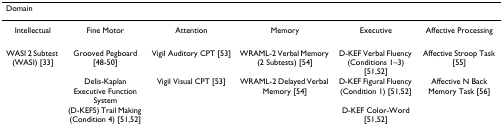
<table><thead><tr><td><b>Domain</b></td><td>[EMPTY_CELL]</td><td>[EMPTY_CELL]</td><td>[EMPTY_CELL]</td><td>[EMPTY_CELL]</td><td>[EMPTY_CELL]</td></tr></thead><tbody><tr><td>Intellectual</td><td>Fine Motor</td><td>Attention</td><td>Memory</td><td>Executive</td><td>Affective Processing</td></tr><tr><td>WASI 2 Subtest (WASI) [33]</td><td>Grooved Pegboard [48-50]</td><td>Vigil Auditory CPT [53]</td><td>WRAML-2 Verbal Memory (2 Subtests) [54]</td><td>D-KEF Verbal Fluency (Conditions 1–3) [51,52]</td><td>Affective Stroop Task [55]</td></tr><tr><td>[EMPTY_CELL]</td><td>Delis-Kaplan Executive Function System</td><td>Vigil Visual CPT [53]</td><td>WRAML-2 Delayed Verbal Memory [54]</td><td>D-KEF Figural Fluency (Condition 1) [51,52]</td><td>Affective N Back Memory Task [56]</td></tr><tr><td>[EMPTY_CELL]</td><td>(D-KEFS) Trail Making (Condition 4) [51,52]</td><td>[EMPTY_CELL]</td><td>[EMPTY_CELL]</td><td>D-KEF Color-Word [51,52]</td><td>[EMPTY_CELL]</td></tr></tbody></table>